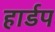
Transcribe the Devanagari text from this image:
हार्डप